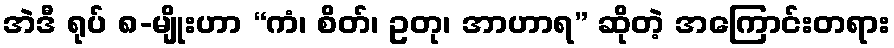
အဲဒီ ရုပ် ၈-မျိုးဟာ “ကံ၊ စိတ်၊ ဥတု၊ အာဟာရ” ဆိုတဲ့ အကြောင်းတရား